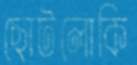
ছোটলোকি